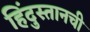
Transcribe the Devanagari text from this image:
हिंदुस्तानची